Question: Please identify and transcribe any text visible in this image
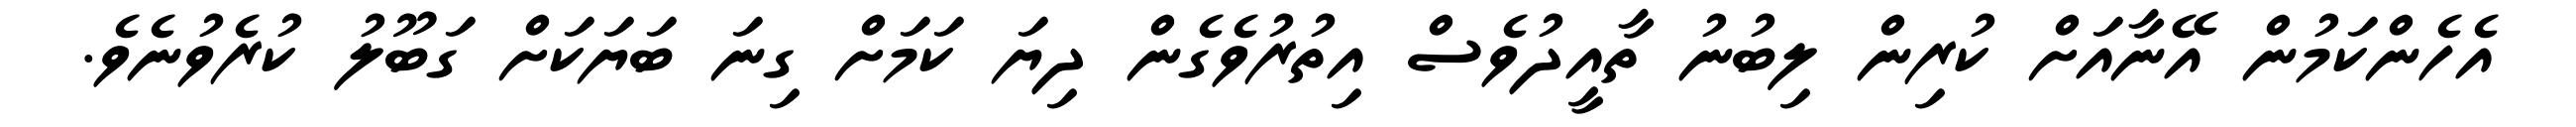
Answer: އެހެންކަމުން އޭނާއަށް ކުރިން ލިބުނު ތާއީދުވެސް އިތުރުވެގެން ދިޔަ ކަމަށް ގިނަ ބަޔަކަށް ގަބޫލު ކުރެވުނެވެ.